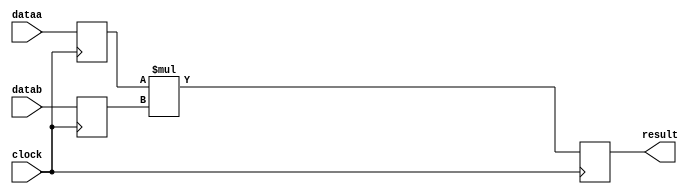
//lpm_mult CBX_DECLARE_ALL_CONNECTED_PORTS="OFF" DEVICE_FAMILY="Cyclone V" DSP_BLOCK_BALANCING="Auto" LPM_PIPELINE=2 LPM_REPRESENTATION="UNSIGNED" LPM_WIDTHA=8 LPM_WIDTHB=8 LPM_WIDTHP=16 MAXIMIZE_SPEED=5 clock dataa datab result CARRY_CHAIN="MANUAL" CARRY_CHAIN_LENGTH=48
//VERSION_BEGIN 17.0 cbx_cycloneii 2017:04:25:18:06:29:SJ cbx_lpm_add_sub 2017:04:25:18:06:29:SJ cbx_lpm_mult 2017:04:25:18:06:29:SJ cbx_mgl 2017:04:25:18:09:28:SJ cbx_nadder 2017:04:25:18:06:30:SJ cbx_padd 2017:04:25:18:06:30:SJ cbx_stratix 2017:04:25:18:06:30:SJ cbx_stratixii 2017:04:25:18:06:30:SJ cbx_util_mgl 2017:04:25:18:06:30:SJ  VERSION_END
// synthesis VERILOG_INPUT_VERSION VERILOG_2001
// altera message_off 10463



// Copyright (C) 2017  Intel Corporation. All rights reserved.
//  Your use of Intel Corporation's design tools, logic functions 
//  and other software and tools, and its AMPP partner logic 
//  functions, and any output files from any of the foregoing 
//  (including device programming or simulation files), and any 
//  associated documentation or information are expressly subject 
//  to the terms and conditions of the Intel Program License 
//  Subscription Agreement, the Intel Quartus Prime License Agreement,
//  the Intel MegaCore Function License Agreement, or other 
//  applicable license agreement, including, without limitation, 
//  that your use is for the sole purpose of programming logic 
//  devices manufactured by Intel and sold by Intel or its 
//  authorized distributors.  Please refer to the applicable 
//  agreement for further details.



//synthesis_resources = 
//synopsys translate_off
`timescale 1 ps / 1 ps
//synopsys translate_on
module  mult_73p
	( 
	clock,
	dataa,
	datab,
	result) /* synthesis synthesis_clearbox=1 */;
	input   clock;
	input   [7:0]  dataa;
	input   [7:0]  datab;
	output   [15:0]  result;
`ifndef ALTERA_RESERVED_QIS
// synopsys translate_off
`endif
	tri0   clock;
`ifndef ALTERA_RESERVED_QIS
// synopsys translate_on
`endif

	reg  [7:0]  dataa_input_reg;
	reg  [7:0]  datab_input_reg;
	reg  [15:0]  result_output_reg;
	wire [7:0]    dataa_wire;
	wire [7:0]    datab_wire;
	wire [15:0]    result_wire;


	// synopsys translate_off
	initial
		dataa_input_reg = 0;
	// synopsys translate_on
	always @(posedge clock)
		dataa_input_reg <= dataa;
	// synopsys translate_off
	initial
		datab_input_reg = 0;
	// synopsys translate_on
	always @(posedge clock)
		datab_input_reg <= datab;
	// synopsys translate_off
	initial
		result_output_reg = 0;
	// synopsys translate_on
	always @(posedge clock)
		result_output_reg <= result_wire[15:0];

	assign dataa_wire = dataa_input_reg;
	assign datab_wire = datab_input_reg;
	assign result_wire = dataa_wire * datab_wire;
	assign result = ({result_output_reg});

endmodule //mult_73p
//VALID FILE